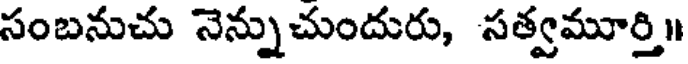
సంబనుచు నెన్నుచుందురు, సత్వమూర్తి॥